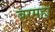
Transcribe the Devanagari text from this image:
बरमहा